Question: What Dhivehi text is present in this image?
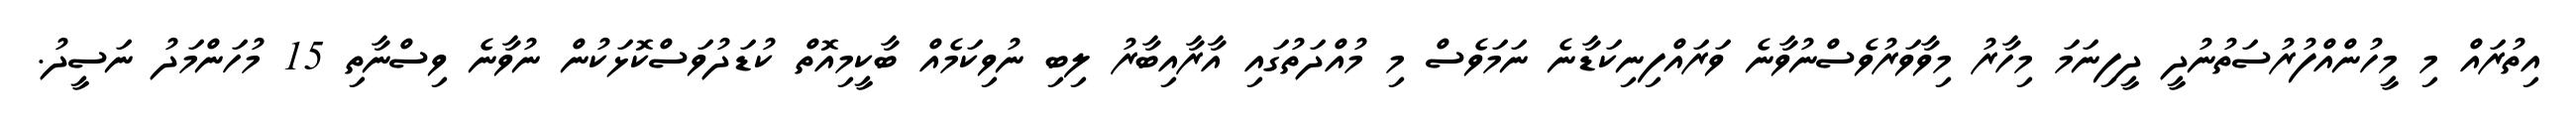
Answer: އިތުރައް މި މީހުންއްފުރުސަތުނުދީ ދީފިނަމަ މިހާރު މިވާވަރުވެސްނުވާނެ ވަރައްފިނިކަޑާނެ ނަމަވެސް މި މުއްދަތުގައި އާރާއިބާރު ލިބި ނުވިކަމެއް ބާކީމިއޮތް ކުޑަދުވަސްކޮޅަކުން ނުވާނެ ވިސްނާތި 15 މުހަންމަދު ނަސީދު.